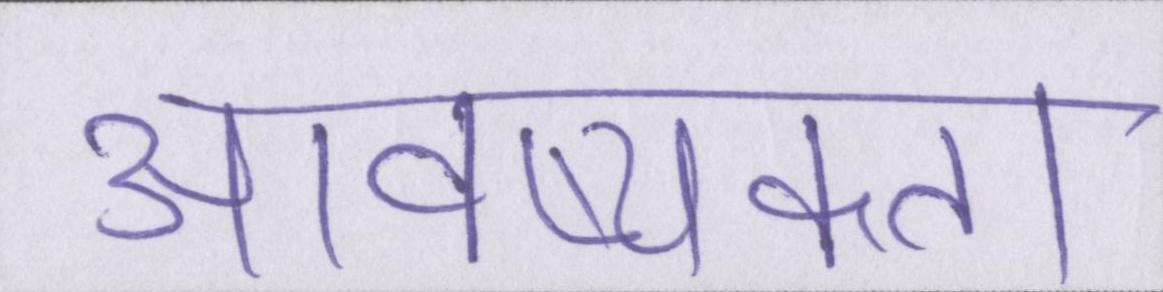
आवष्यकता